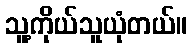
သူ့ကိုယ်သူယုံတယ်။